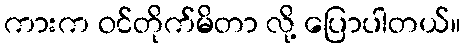
ကားက ဝင်တိုက်မိတာ လို့ ပြောပါတယ်။